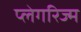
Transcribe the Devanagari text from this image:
प्लेगरिज्म